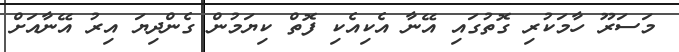
މަސަރޫ ހާމަކުރި ގޮތުގައި އޭނާ އެކިއެކި ފޮތް ކިޔަމުން ގެންދިޔަ އިރު އޭނާއަށް